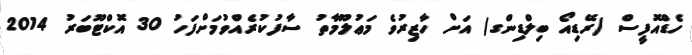
ހެޑްއޮފީސް (ރޭޑިއޯ ބިލްޑިންގ) އަށް ހާޒިރުވެ މަޢުލޫމާތު ސާފުކުރެއްވުމަށްފަހު 30 އޮކްޓޫބަރު 2014